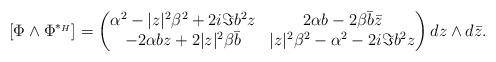
LaTeX: \begin{align*}[\Phi \wedge \Phi^{*_{H}}] = \begin{pmatrix} \alpha^2 - |z|^2\beta^2 + 2i \Im b^2 z & 2 \alpha b -2 \beta \bar b \bar z\\ -2 \alpha b z + 2 |z|^2 \beta \bar b& |z|^2\beta^2 - \alpha^2 - 2i \Im b^2 z\end{pmatrix} dz \wedge d\bar z. \end{align*}